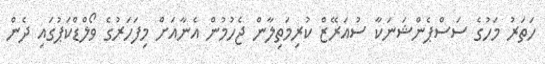
ހަތަރު މަހުގެ ސަސްޕެންޝަނަކާ ސުއަރޭޒް ކުރިމަތިލާން ޖެހުމުން އެނާއަށް މިފަހަރުގެ ވޯލްޑްކަޕުގައި ދެން